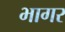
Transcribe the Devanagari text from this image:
भागर